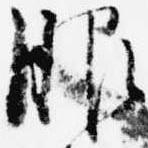
服